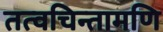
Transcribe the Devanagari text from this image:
तत्वचिन्तामणि